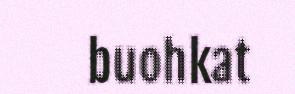
buohkat